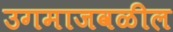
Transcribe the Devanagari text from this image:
उगमाजवळील